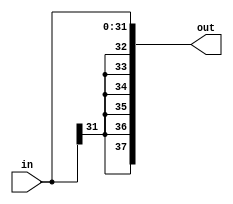
module sign_ext_6b
#(parameter WIDTH=16)
(
input signed [2*WIDTH-1:0] in,
output signed [2*WIDTH+5:0] out
);

assign out = {{6{in[2*WIDTH-1]}}, in};

endmodule